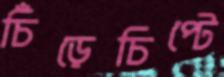
চিঁড়েচিপ্টে